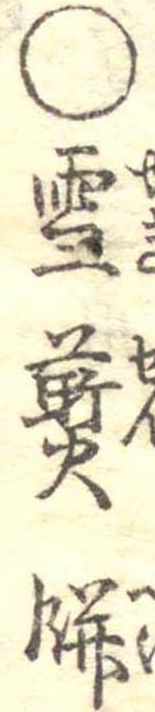
○雪煎餅